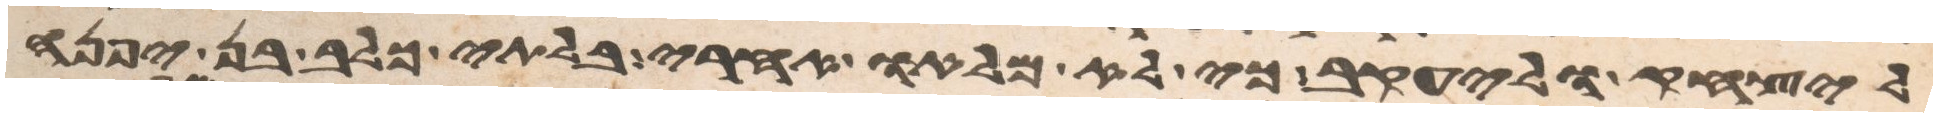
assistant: ליצחק וליעקב כי לא מלאו אחרי בלתי כלב בן יפנה